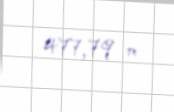
477,79 m